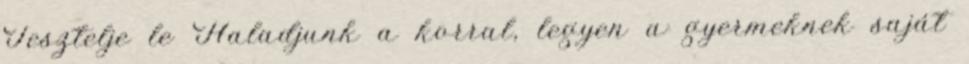
Tesztelje le Haladjunk a korral, legyen a gyermeknek saját